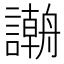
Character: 𲁻